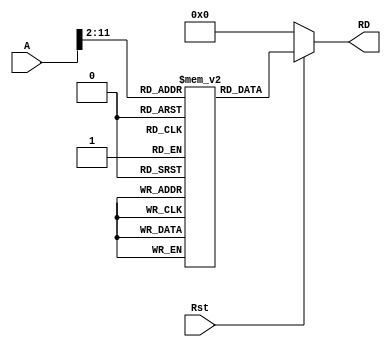
module IMem (Rst, A, RD);
	input Rst; 
	input [31:0] A;
	output [31:0] RD;
	reg [31:0] mem [1023:0];
	assign RD = (Rst == 0) ? 0 : mem[A[31:2]];
	
	initial begin
		mem[0] = 32'h0062E233;
		mem[1] = 32'h00B62423;
		mem[2] = 32'h00B61423;
	end
endmodule